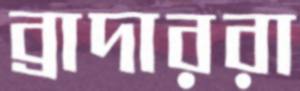
ব্রাদাররা